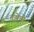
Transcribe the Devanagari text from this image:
तुझेची